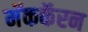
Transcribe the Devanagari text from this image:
मॅककॅरन